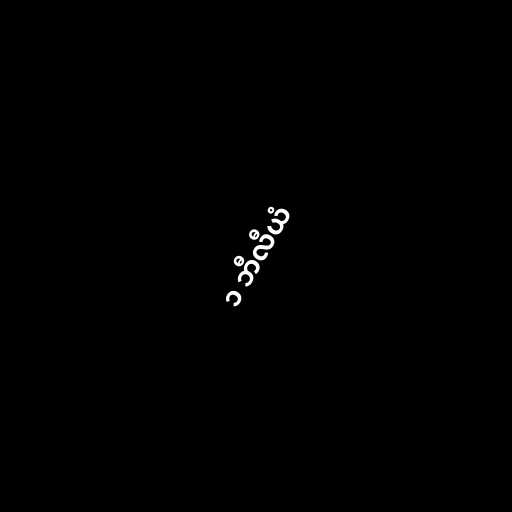
၁ ဘီလီယံ